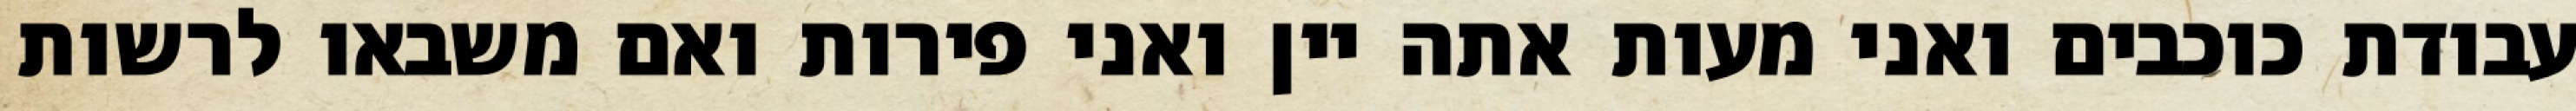
עבודת כוכבים ואני מעות אתה יין ואני פירות ואם משבאו לרשות